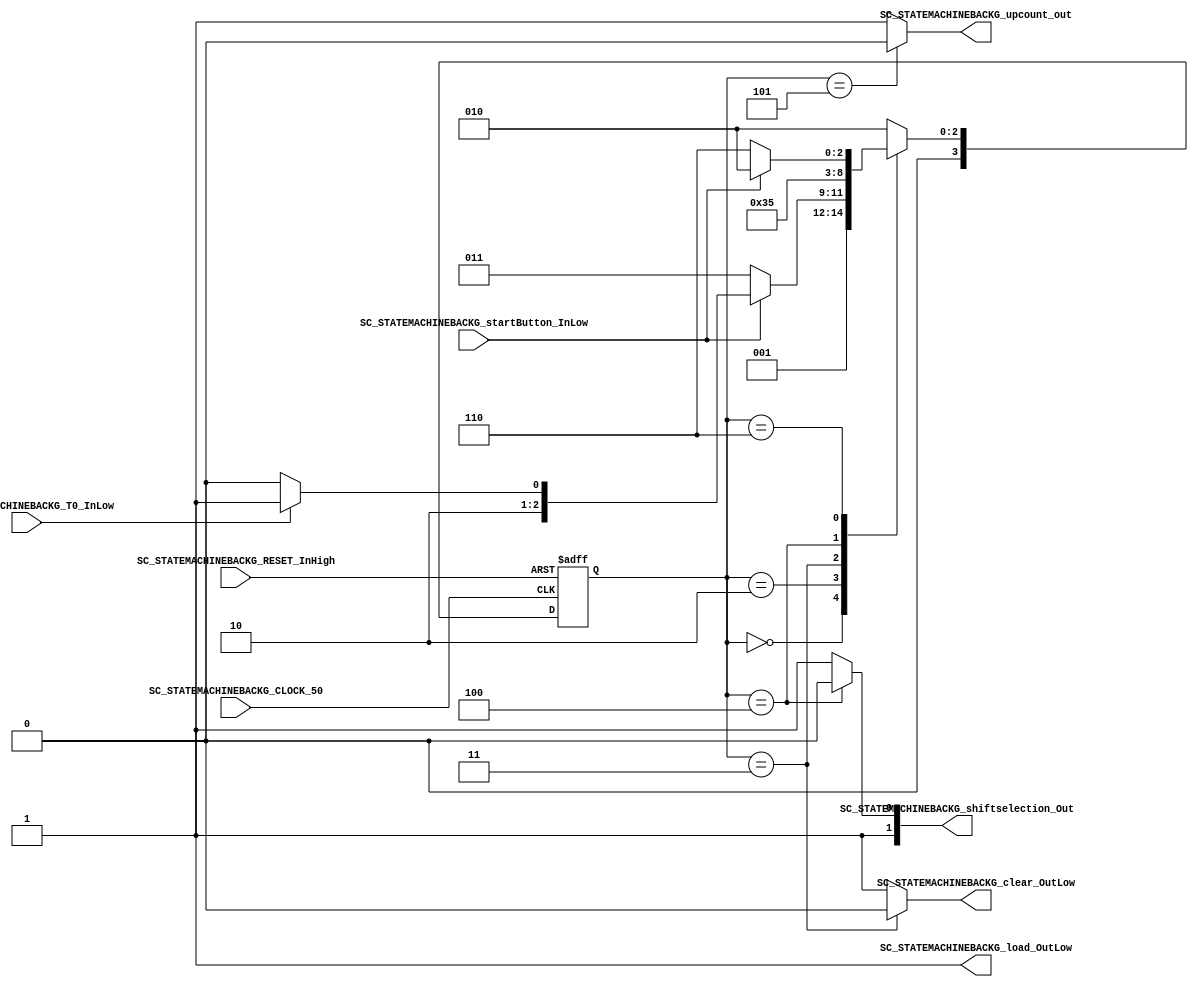
///*######################################################################
//#	G0B1T: HDL EXAMPLES. 2018.
//######################################################################
//# Copyright (C) 2018. F.E.Segura-Quijano (FES) fsegura@uniandes.edu.co
//# 
//# This program is free software: you can redistribute it and/or modify
//# it under the terms of the GNU General Public License as published by
//# the Free Software Foundation, version 3 of the License.
//#
//# This program is distributed in the hope that it will be useful,
//# but WITHOUT ANY WARRANTY; without even the implied warranty of
//# MERCHANTABILITY or FITNESS FOR A PARTICULAR PURPOSE.  See the
//# GNU General Public License for more details.
//#
//# You should have received a copy of the GNU General Public License
//# along with this program.  If not, see <http://www.gnu.org/licenses/>
//####################################################################*/
//=======================================================
//  MODULE Definition
//=======================================================
module SC_STATEMACHINEBACKG (
	//////////// OUTPUTS //////////
	SC_STATEMACHINEBACKG_clear_OutLow,
	SC_STATEMACHINEBACKG_load_OutLow,
	SC_STATEMACHINEBACKG_shiftselection_Out,
	SC_STATEMACHINEBACKG_upcount_out,
	//////////// INPUTS //////////
	SC_STATEMACHINEBACKG_CLOCK_50,
	SC_STATEMACHINEBACKG_RESET_InHigh,
	SC_STATEMACHINEBACKG_startButton_InLow,
	SC_STATEMACHINEBACKG_T0_InLow
);	
//=======================================================
//  PARAMETER declarations
//=======================================================
// states declaration
localparam STATE_RESET_0									= 0;
localparam STATE_START_0									= 1;
localparam STATE_CHECK_0									= 2;
localparam STATE_INIT_0										= 3;
localparam STATE_SHIFT_0									= 4;
localparam STATE_COUNT_0									= 5;
localparam STATE_CHECK_1									= 6;
//=======================================================
//  PORT declarations
//=======================================================
output reg		SC_STATEMACHINEBACKG_clear_OutLow;
output reg		SC_STATEMACHINEBACKG_load_OutLow;
output reg		[1:0] SC_STATEMACHINEBACKG_shiftselection_Out;
output reg 		SC_STATEMACHINEBACKG_upcount_out;
input			SC_STATEMACHINEBACKG_CLOCK_50;
input 			SC_STATEMACHINEBACKG_RESET_InHigh;
input			SC_STATEMACHINEBACKG_startButton_InLow;
input			SC_STATEMACHINEBACKG_T0_InLow;
//=======================================================
//  REG/WIRE declarations
//=======================================================
reg [3:0] STATE_Register;
reg [3:0] STATE_Signal;
//=======================================================
//  Structural coding
//=======================================================
//INPUT LOGIC: COMBINATIONAL
// NEXT STATE LOGIC : COMBINATIONAL
always @(*)
begin
	case (STATE_Register)
		STATE_RESET_0: STATE_Signal = STATE_START_0;
		STATE_START_0: STATE_Signal = STATE_CHECK_0;
		STATE_CHECK_0: if (SC_STATEMACHINEBACKG_startButton_InLow == 1'b0) STATE_Signal = STATE_INIT_0;
						else if (SC_STATEMACHINEBACKG_T0_InLow == 1'b0) STATE_Signal = STATE_SHIFT_0;
						else STATE_Signal = STATE_COUNT_0;
		STATE_INIT_0:	STATE_Signal = STATE_CHECK_1;
		STATE_SHIFT_0: 	STATE_Signal = STATE_COUNT_0;
		STATE_COUNT_0: 	STATE_Signal = STATE_CHECK_0;
		
		STATE_CHECK_1: if (SC_STATEMACHINEBACKG_startButton_InLow == 1'b0) STATE_Signal = STATE_CHECK_1;
						else STATE_Signal = STATE_CHECK_0;

		default : 		STATE_Signal = STATE_CHECK_0;
	endcase
end
// STATE REGISTER : SEQUENTIAL
always @ ( posedge SC_STATEMACHINEBACKG_CLOCK_50 , posedge SC_STATEMACHINEBACKG_RESET_InHigh)
begin
	if (SC_STATEMACHINEBACKG_RESET_InHigh == 1'b1)
		STATE_Register <= STATE_RESET_0;
	else
		STATE_Register <= STATE_Signal;
end
//=======================================================
//  Outputs
//=======================================================
// OUTPUT LOGIC : COMBINATIONAL
always @ (*)
begin
	case (STATE_Register)
//=========================================================
// STATE_RESET
//=========================================================
	STATE_RESET_0 :	
		begin
			SC_STATEMACHINEBACKG_clear_OutLow = 1'b1;
			SC_STATEMACHINEBACKG_load_OutLow = 1'b1;
			SC_STATEMACHINEBACKG_shiftselection_Out  = 2'b11; 
			SC_STATEMACHINEBACKG_upcount_out = 1'b1;
		end
//=========================================================
// STATE_START
//=========================================================
	STATE_START_0 :	
		begin
			SC_STATEMACHINEBACKG_clear_OutLow = 1'b1;
			SC_STATEMACHINEBACKG_load_OutLow = 1'b1;
			SC_STATEMACHINEBACKG_shiftselection_Out  = 2'b11; 
			SC_STATEMACHINEBACKG_upcount_out = 1'b1;
		end
//=========================================================
// STATE_CHECK
//=========================================================
	STATE_CHECK_0 :
		begin
			SC_STATEMACHINEBACKG_clear_OutLow = 1'b1;
			SC_STATEMACHINEBACKG_load_OutLow = 1'b1;
			SC_STATEMACHINEBACKG_shiftselection_Out  = 2'b11; 
			SC_STATEMACHINEBACKG_upcount_out = 1'b1;
		end
//=========================================================
// STATE_CHECK
//=========================================================
	STATE_CHECK_1 :
		begin
			SC_STATEMACHINEBACKG_clear_OutLow = 1'b1;
			SC_STATEMACHINEBACKG_load_OutLow = 1'b1;
			SC_STATEMACHINEBACKG_shiftselection_Out  = 2'b11; 
			SC_STATEMACHINEBACKG_upcount_out = 1'b1;
		end
//=========================================================
// STATE_INIT
//=========================================================
	STATE_INIT_0 :	
		begin
			SC_STATEMACHINEBACKG_clear_OutLow = 1'b0;
			SC_STATEMACHINEBACKG_load_OutLow = 1'b1;
			SC_STATEMACHINEBACKG_shiftselection_Out  = 2'b11; 
			SC_STATEMACHINEBACKG_upcount_out = 1'b1;
		end
//=========================================================
// STATE_SHIFT
//=========================================================
	STATE_SHIFT_0 :
		begin
			SC_STATEMACHINEBACKG_clear_OutLow = 1'b1;
			SC_STATEMACHINEBACKG_load_OutLow = 1'b1;
			SC_STATEMACHINEBACKG_shiftselection_Out  = 2'b10; 
			SC_STATEMACHINEBACKG_upcount_out = 1'b1;
		end
//=========================================================
// STATE_COUNT_0
//=========================================================
	STATE_COUNT_0 :	
		begin
			SC_STATEMACHINEBACKG_clear_OutLow = 1'b1;
			SC_STATEMACHINEBACKG_load_OutLow = 1'b1;
			SC_STATEMACHINEBACKG_shiftselection_Out  = 2'b11;  
			SC_STATEMACHINEBACKG_upcount_out = 1'b0;
		end
//=========================================================
// DEFAULT
//=========================================================
	default :
		begin
			SC_STATEMACHINEBACKG_clear_OutLow = 1'b1;
			SC_STATEMACHINEBACKG_load_OutLow = 1'b1;
			SC_STATEMACHINEBACKG_shiftselection_Out  = 2'b11;  
			SC_STATEMACHINEBACKG_upcount_out = 1'b1;
		end
	endcase
end
endmodule